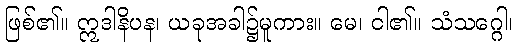
ဖြစ်၏။ ဣဒါနိပန၊ ယခုအခါ၌မူကား။ မေ၊ ငါ၏။ သံသဂ္ဂေါ၊